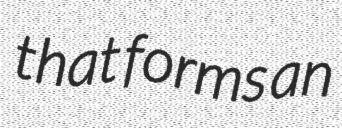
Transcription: that forms an